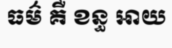
ធម៌ គឺ ខន្ធ អាយ